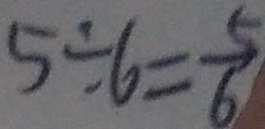
5 \div 6 = \frac { 5 } { 6 }